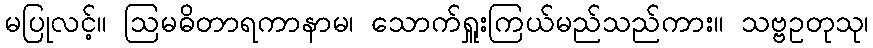
မပြုလင့်။ ဩမဓိတာရကာနာမ၊ သောက်ရှူးကြယ်မည်သည်ကား။ သဗ္ဗဥတုသု၊